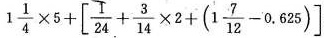
$$1 \frac { 1 } { 4 } \times 5 + \left [ \frac { 1 } { 2 4 } + \frac { 3 } { 1 4 } \times 2 + (1 \frac { 7 }{ 1 2 } - 0 . 6 2 5 ) \right ]